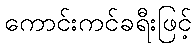
ကောင်းကင်ခရီးဖြင့်